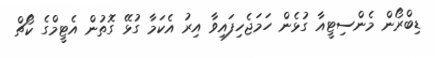
ޑިބްރޯން މެންސިޓީއާ ގުޅެން ހަމަޖެހިފައިވާ އިރު އެކަމާ ގުޅޭ ގޮތުން އެޓީމްގެ ކޯޗް